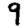
Digit: 9